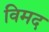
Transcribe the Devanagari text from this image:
विमद